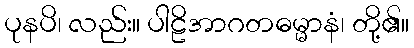
ပုနပိ၊ လည်း။ ပါဠိအာဂတဓမ္မာနံ၊ တို့၏။